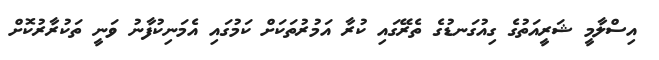
އިސްލާމީ ޝަރީއަތުގެ ގިއުގަނޑުގެ ތެރޭގައި ކުރާ އަމުރުތަކަށް ކަމުގައި އެމަނިކުފާނު ވަނީ ތަކުރާރުކޮށް